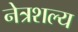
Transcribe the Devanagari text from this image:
नेत्रशल्य